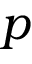
p